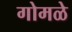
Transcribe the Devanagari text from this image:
गोमळे